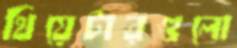
থিয়েটারগুলো